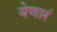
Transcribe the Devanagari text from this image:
येणारं